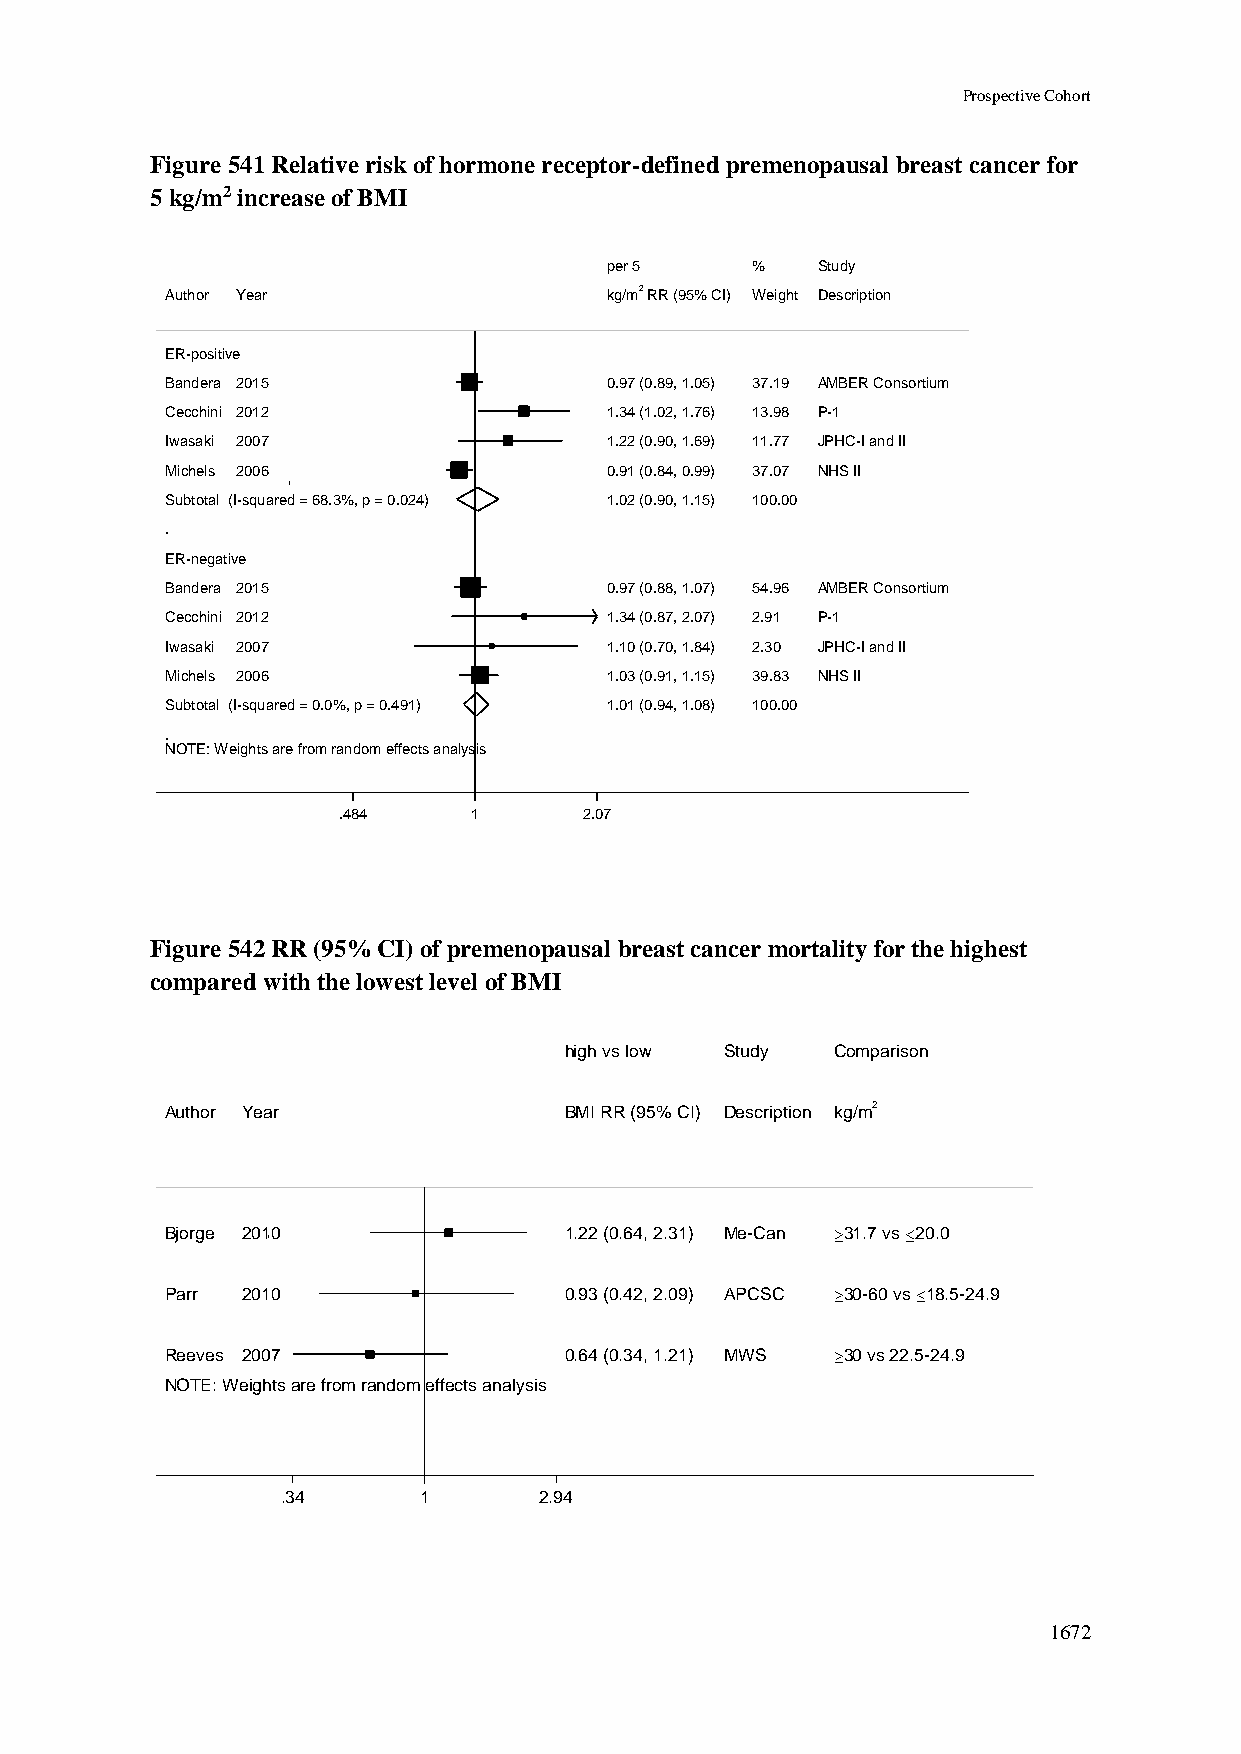
Prospective Cohort
 Figure 541 Relative risk of hormone receptor-defined premenopausal breast cancer for
 5 kg/m2 increase of BMI
 ppeerr 55 %%  Study
 Author Year                  kkgg//mm22 RRRR ((9955%% CCII)) WWeeiigghhtt Description
 ER-positive
 Bandera 2015                 00..9977 ((00..8899,, 11..0055)) 3377..1199 AMBER Consortium
 Cecchini 2012                11..3344 ((11..0022,, 11..7766)) 1133..9988 P-1
 Iwasaki 2007                 11..2222 ((00..9900,, 11..6699)) 1111..7777 JPHC-I and II
 Michels 2006                 00..9911 ((00..8844,, 00..9999)) 3377..0077 NHS II
 Subtotal (I-squared = 68.3%, p = 0.024) 11..0022 ((00..9900,, 11..1155)) 110000..0000
 .
 ER-negative
 Bandera 2015                 00..9977 ((00..8888,, 11..0077)) 5544..9966 AMBER Consortium
 Cecchini 2012                11..3344 ((00..8877,, 22..0077)) 22..9911 P-1
 Iwasaki 2007                 11..1100 ((00..7700,, 11..8844)) 22..3300 JPHC-I and II
 Michels 2006                 11..0033 ((00..9911,, 11..1155)) 3399..8833 NHS II
 Subtotal (I-squared = 0.0%, p = 0.491) 11..0011 ((00..9944,, 11..0088)) 110000..0000
 .
 NOTE: Weights are from random effects analysis
 .484     11      2.07
 Figure 542 RR (95% CI) of premenopausal breast cancer mortality for the highest
 compared with the lowest level of BMI
 hhiigghh vvss llooww SSttuuddyy Comparison
 Author Year               BBMMII RRRR ((9955%% CCII)) DDeessccrriippttiioonn kg/m2
 Bjorge 2010               11..2222 ((00..6644,, 22..3311)) MMee--CCaann 31.7 vs 20.0
 Parr 2010                 00..9933 ((00..4422,, 22..0099)) AAPPCCSSCC 30-60 vs 18.5-24.9
 Reeves 2007               00..6644 ((00..3344,, 11..2211)) MMWWSS 30 vs 22.5-24.9
 NOTE: Weights are from random effects analysis
 .34      11      2.94
 1672